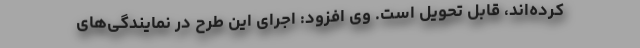
کرده‌اند، قابل تحویل است. وی افزود: اجرای این طرح در نمایندگی‌های